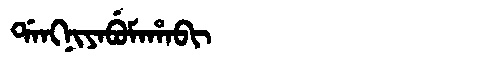
Manchu: ᡩᠠᠩᠨᡳᠶᠠᠪᡠᠮᠠᡥᠠᠪᡳ
Romanization: DANGNIYABUMAHABI